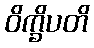
ဝိက္ခိပတိ